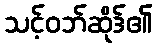
သင့်ဝဘ်ဆိုဒ်၏